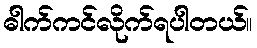
ဓါက်ကင်လိုက်ရပါတယ်။